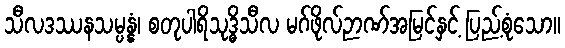
သီလဒဿနသမ္ပန္နံ၊ စတုပါရိသုဒ္ဓိသီလ မဂ်ဖိုလ်ဉာဏ်အမြင်နှင့် ပြည့်စုံသော။